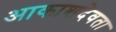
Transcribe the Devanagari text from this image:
आकाशदेवता